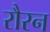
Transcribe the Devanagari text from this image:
रौरन